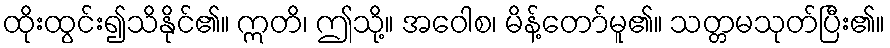
ထိုးထွင်း၍သိနိုင်၏။ ဣတိ၊ ဤသို့။ အဝေါစ၊ မိန့်တော်မူ၏။ သတ္တမသုတ်ပြီး၏။